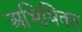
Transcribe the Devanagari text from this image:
अभिषिक्‍त